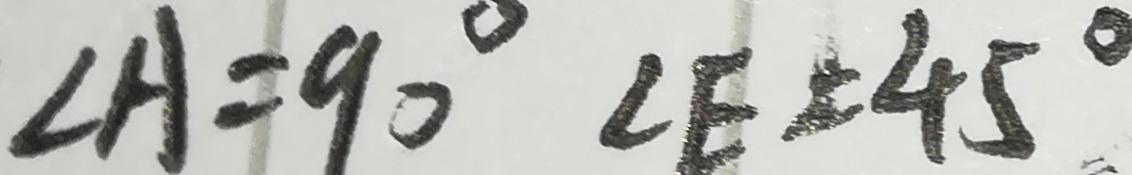
\angle A = 9 0 ^ { \circ } \angle E = 4 5 ^ { \circ }